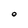
Character: O